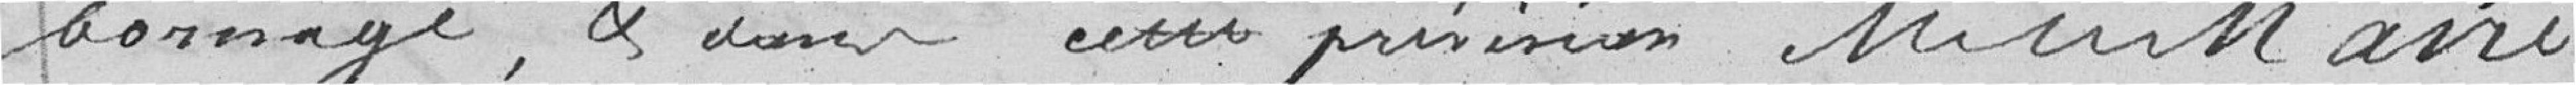
dommage, et dans cette prévision, M.  MAIRE